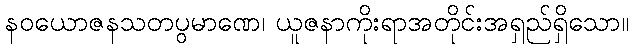
နဝယောဇနသတပွမာဏေ၊ ယူဇနာကိုးရာအတိုင်းအရှည်ရှိသော။